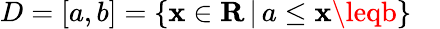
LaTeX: D=[a,b]=\{ \mathbf{x}\in\mathbf{{R}}\, |\, a\leq\mathbf{x}\leqb\} \quad